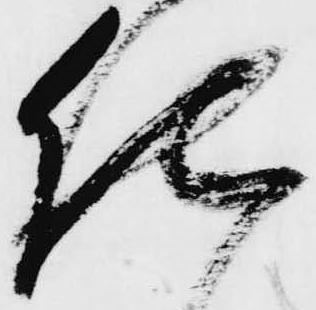
仕